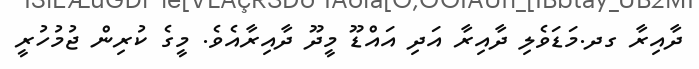
ދާއިރާ ގދ.މަޑަވެލި ދާއިރާ އަދި އައްޑޫ މީދޫ ދާއިރާއެވެ. މީގެ ކުރިން ޖުމުހުރީ